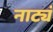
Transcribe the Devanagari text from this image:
नाट्यं